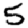
Digit: 5